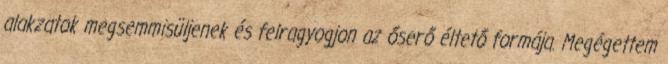
alakzatok megsemmisüljenek és felragyogjon az őserő éltető formája. Megégettem